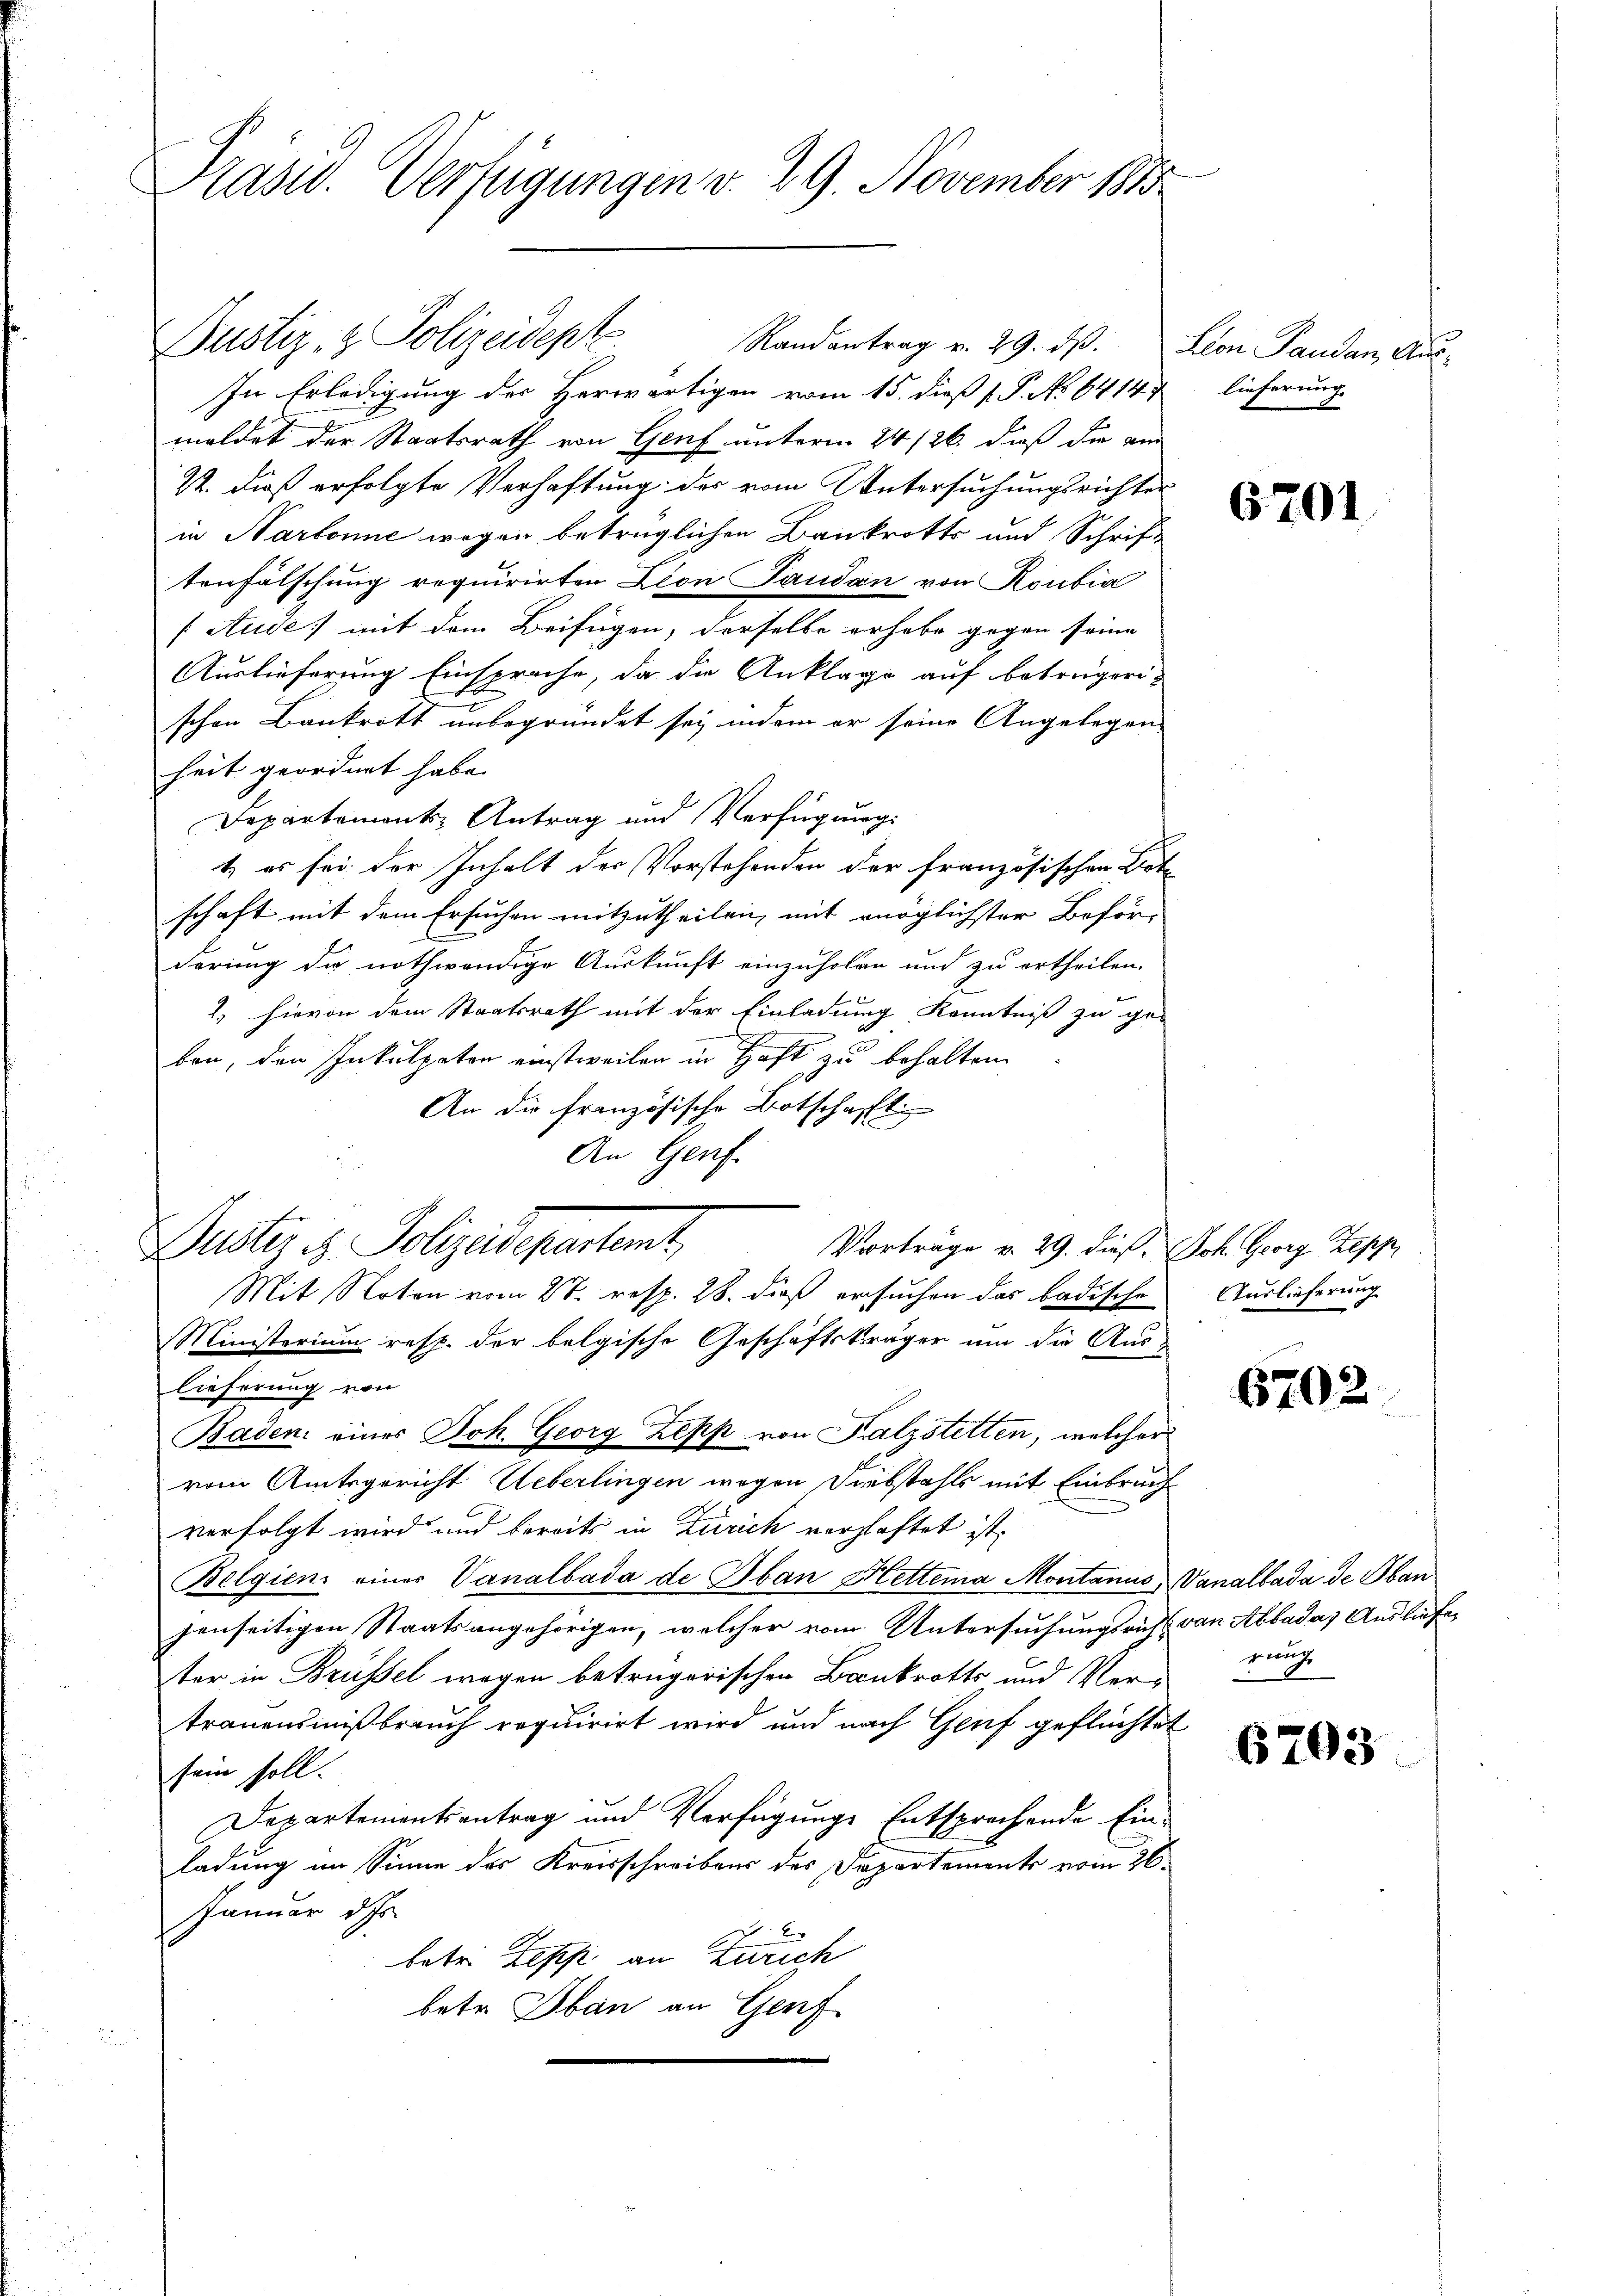
Kasw. Verfügungen v. 29. November 1855

Justiz- & Polizeidept
Randantrag v. 29. ds. Leon Pandan, Aus-
In Erledigung der Herwärtigen vom 15. dieß P. No 6414.
meldet der Staatsrath von Genf unterm 24. 126. dieß die ein
22. dieß erfolgte Verhaftung des vom Untersuchungsrichter
in Narbonne wegen betrüglichen Baukrotts und Schrift
tenfälschung requirirten Lion Paudon von Roubia
/Aude) mit dem Beifügen, derselbe erhabe gegen seine
Auslieferung Einsprache, da die Anklage auf beträgerischen Bankrott unbegründet sey, indem er seine Angelegen
heit geordnet habe.
Departements-Antrag und Verfügung:
t, es sei der Inhalt der Vorstehenden der französischen Bote
schaft mit dem Ersuchen mitzutheilen, mit möglichster Beför-
derung die nothwendige Auskunft einzuholen und zu ertheilen.
2., hievon dem Staatsrath mit der Einladung Kenntniß zu geben, den Inkulpaton einstweilen in Haft zu behalten
An die französische Botschaft
An Genf.
Justiz u. Polizeisepartent,
Vorträge v. 29. dieß Joh. Georg Zepp
Mit Noten vom 27. resp. 28. dieß ersuchen das badische
Ministerium resp. der belgische Geschäftsträger um die Aus-
lieferung von
Basen, eines Joh. Georg Zepp von Kalzstetten, welcher
vom Amtsgericht Ueberlingen wegen Siebstahls mit Einbruch
verfolgt wird und bereits in Zürich verschaftet ist,
Belgien einer Vanalbada de Aban Kettera Montanus, Vanalbada de ban
jenseitigen Staatsangehörigen, welcher vom Untersuchungsricht von Abbadas Ausliefer
ter in Brüssel wegen betrügerischen Bankrotts und Vertrauensmißbrauch requirirt wird und nach Genf geflüchter
sein soll.
Departementsantrag und Verfügungs Entsprechende Einladung im Sinne des Kreisschreibens des Departements vom 26.
Januar d
betri Zepp an Zürich
bete Oban an Genf

lieferung.

6701.

Auslieferung

6702.

rung

6703